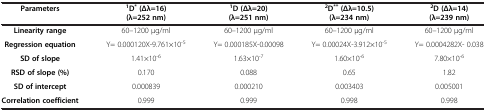
| Parameters | 1D*(Δλ=16) (λ=252 nm) | 1D (Δλ=20) (λ=251 nm) | 2D**(Δλ=10.5) (λ=234 nm) | 2D (Δλ=14) (λ=239 nm) |
 | --- | --- | --- | --- | --- |
 | Linearity range | 60–1200 μg/ml | 60–1200 μg/ml | 60–1200 μg/ml | 60–1200 μg/ml |
 | Regression equation | Y= 0.000120X-9.761×10-5 | Y= 0.000185X-0.00098 | Y= 0.00024X-3.912×10-5 | Y= 0.0004282X- 0.038 |
 | SD of slope | 1.41×10-6 | 1.63×10-7 | 1.60×10-6 | 7.80×10-6 |
 | RSD of slope (%) | 0.170 | 0.088 | 0.65 | 1.82 |
 | SD of intercept | 0.000839 | 0.000210 | 0.003403 | 0.005001 |
 | Correlation coefficient | 0.999 | 0.999 | 0.998 | 0.998 |